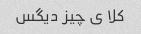
کلا ی چیز دیگس